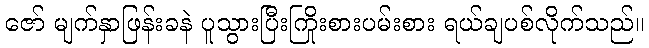
ဇော် မျက်နှာဖြန်းခနဲ ပူသွားပြီးကြိုးစားပမ်းစား ရယ်ချပစ်လိုက်သည်။